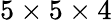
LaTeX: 5\times 5\times 4